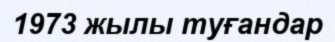
1973 жылы туғандар